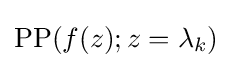
\operatorname {PP} (f(z);z=\lambda _{k})